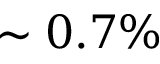
\sim 0 . 7 \%